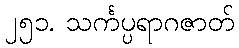
၂၅၁. သင်္ကပ္ပရာဂဇာတ်